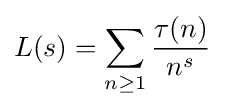
L(s)=\sum _{n\geq 1}{\frac {\tau (n)}{n^{s}}}